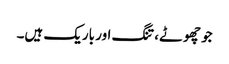
جو چھوٹے، تنگ اور باریک ہیں۔